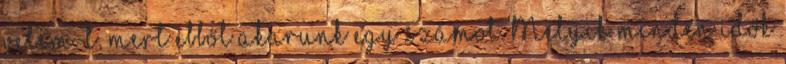
velem-t, mert ebből akarunk egy számot. Melyik minden idők